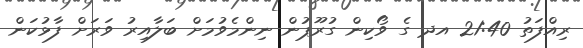
ރިއްފަތު 21:40 އދ ގެ ވޯކިން ގުރޫޕުން ނިންމެވުމަށް ބަލާއިރު ވަރަށް ފާޅުކަން